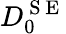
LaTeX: D_{0}^{\mathrm{~S~E~}}